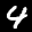
Label: 4